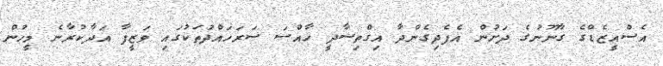
އެސްއީޒެޑްގެ ގާނޫނުގެ ދަށުން އެފެދިގެންދާ އިގްތިސާދީ ހާއްސަ ސަރަހައްދުތަކުގައި ވަޒީފާ އަދާކުރާނެ މީހުން